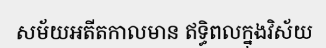
សម័យអតីតកាលមាន ឥទ្ធិពលក្នុងវិស័យ